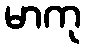
မာကု